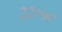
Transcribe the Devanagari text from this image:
२२०५०